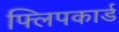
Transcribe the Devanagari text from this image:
फ्लिपकार्ड